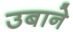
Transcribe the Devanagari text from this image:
उबाने